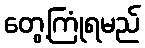
တွေ့ကြုံရမည်